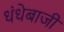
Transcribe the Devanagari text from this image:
धंधेबाजी